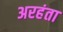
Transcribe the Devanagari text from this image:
अरहंता